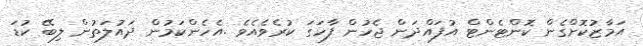
އަމާޒުކޮށްގެން ކޮންޓެންޓް އުފައްދަން ޖެހުން ފާހަގަ ކުރެވެއެވެ .އެހެންކަމުން ދައުލަތުން ލިބޭ ކުޑަ